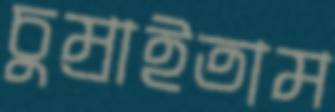
চুম্‌রাইতাম